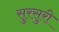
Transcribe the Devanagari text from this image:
सुरसुरी